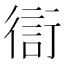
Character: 𧗳